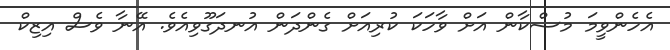
އެހެންވީމަ މުސްކާން އަށް ވާހަކަ ކުރިއަށް ގެންދަން އުނދަގޫވިއެވެ. އޭނާ ވެސް އިޒިކް